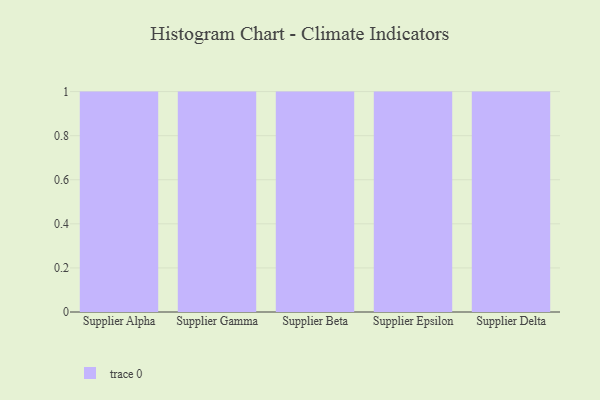
{"axis": {"x": "Supplier", "y": "Net Income (USD K)"}, "legend": [""], "data": [{"x": "Supplier Alpha", "y": 63, "type": ""}, {"x": "Supplier Gamma", "y": 59, "type": ""}, {"x": "Supplier Beta", "y": 24, "type": ""}, {"x": "Supplier Epsilon", "y": 80, "type": ""}, {"x": "Supplier Delta", "y": 85, "type": ""}]}